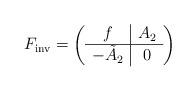
LaTeX: \begin{align*}F_{\textrm{inv}}= \left( \begin{array}{c|c} f & A_2 \\\hline -\tilde{A}_2 & 0\end{array} \right)\end{align*}